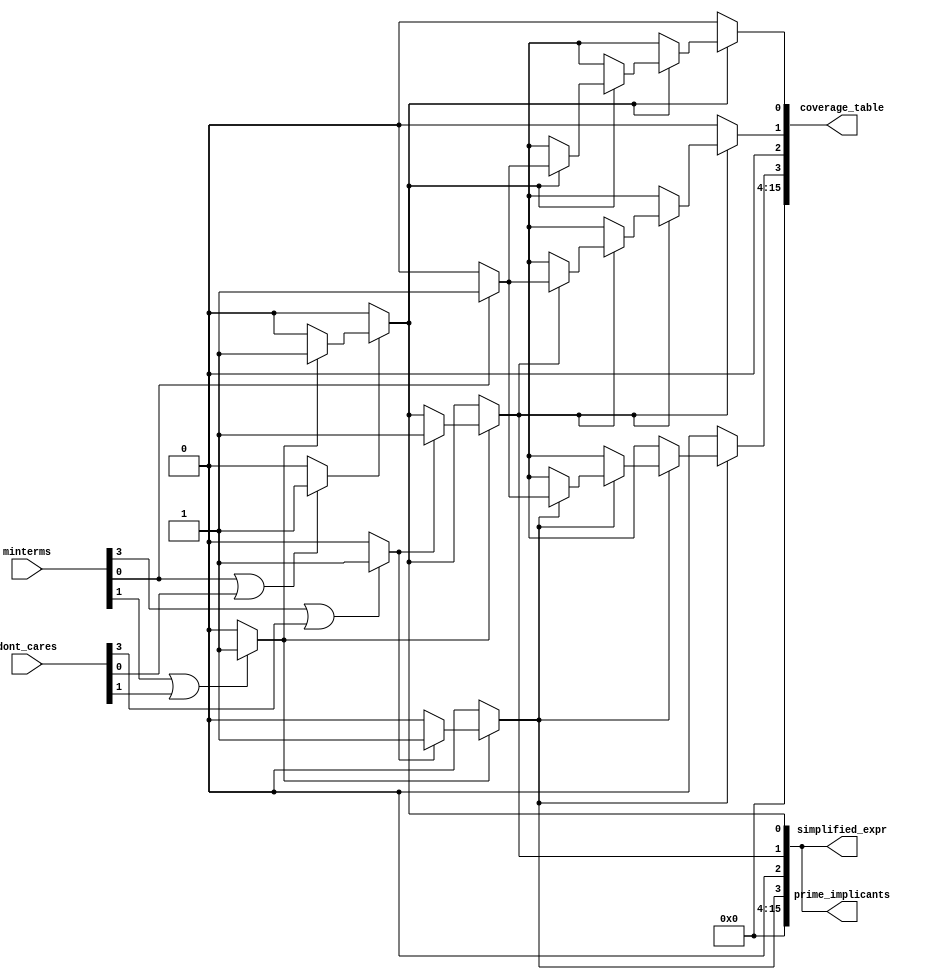
module PrimeImplicantExtractor (
    input wire [3:0] minterms,          // 4-bit input for minterms (e.g., 0-15 for 4 variables)
    input wire [3:0] dont_cares,        // 4-bit input for don't care conditions
    output reg [15:0] prime_implicants, // Output for prime implicants
    output reg [15:0] simplified_expr,   // Output for simplified expression
    output reg [15:0] coverage_table     // Coverage table output
);

// Internal variables
reg [15:0] implicants; // Intermediate implicants
integer i, j;

// Minterm Identification
always @(*) begin
    implicants = 0;
    for (i = 0; i < 16; i = i + 1) begin
        if (minterms[i] || dont_cares[i]) begin
            implicants[i] = 1;
        end
    end
end

// Implicant Generation
always @(*) begin
    prime_implicants = 0;
    // Generate implicants by combining minterms (simplified logic)
    for (i = 0; i < 16; i = i + 1) begin
        if (implicants[i]) begin
            for (j = i + 1; j < 16; j = j + 1) begin
                if (implicants[j] && (i ^ j) == (1 << $countones(i & j))) begin
                    prime_implicants[i] = 1;
                    prime_implicants[j] = 1;
                end
            end
        end
    end
end

// Prime Implicant Extraction (simplified)
always @(*) begin
    simplified_expr = 0;
    // Here you would implement the logic to extract prime implicants
    // For simplicity, we will just assign prime_implicants to simplified_expr
    simplified_expr = prime_implicants;
end

// Coverage Analysis
always @(*) begin
    coverage_table = 0;
    for (i = 0; i < 16; i = i + 1) begin
        if (prime_implicants[i]) begin
            for (j = 0; j < 16; j = j + 1) begin
                if (minterms[j]) begin
                    coverage_table[i] = coverage_table[i] | (1 << j);
                end
            end
        end
    end
end

endmodule